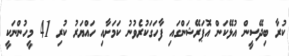
ކުރާ ބިދޭސީން އުޅޭކަން އޮޕަރޭޝަންގައި ފާހަގަކުރެވުނު ކަމަށާއި ހައްޔަރު ކުރި 41 މީހުންނަކީ